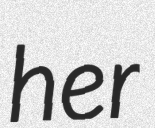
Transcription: her